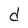
Character: d